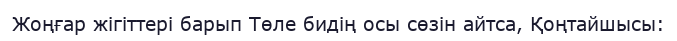
Жоңғар жігіттері барып Төле бидің осы сөзін айтса, Қоңтайшысы: